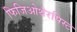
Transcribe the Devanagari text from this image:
फिजिओथेरपिस्ट